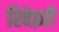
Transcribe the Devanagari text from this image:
रिवेइरी